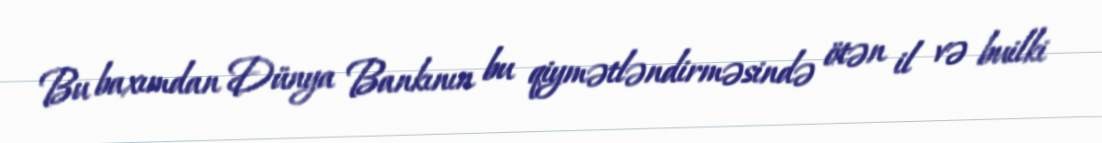
Bu baxımdan Dünya Bankının bu qiymətləndirməsində ötən il və builki